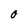
Character: O